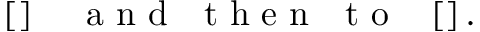
\left[ \begin{array} { l l l l l l l } \end{array} \right] ~ ~ ~ \textrm { a n d ~ t h e n ~ t o ~ } \left[ \begin{array} { l l l l l l l } \end{array} \right] .